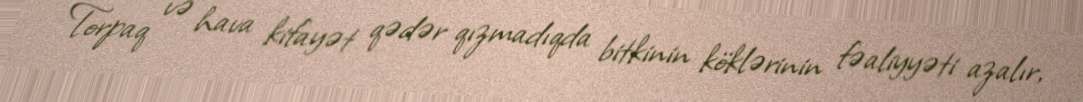
Torpaq və hava kifayət qədər qızmadıqda bitkinin köklərinin fəaliyyəti azalır,